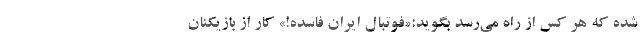
شده که هر کس از راه می‌رسد بگوید:«فوتبال ایران فاسده!» کار از بازیکنان